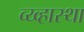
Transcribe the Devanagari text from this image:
व्य्व्हास्था